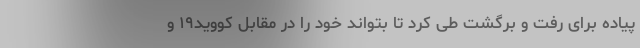
پیاده برای رفت و برگشت طی کرد تا بتواند خود را در مقابل کووید۱۹ و